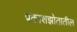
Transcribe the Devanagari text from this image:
प्रकाशझोतातील